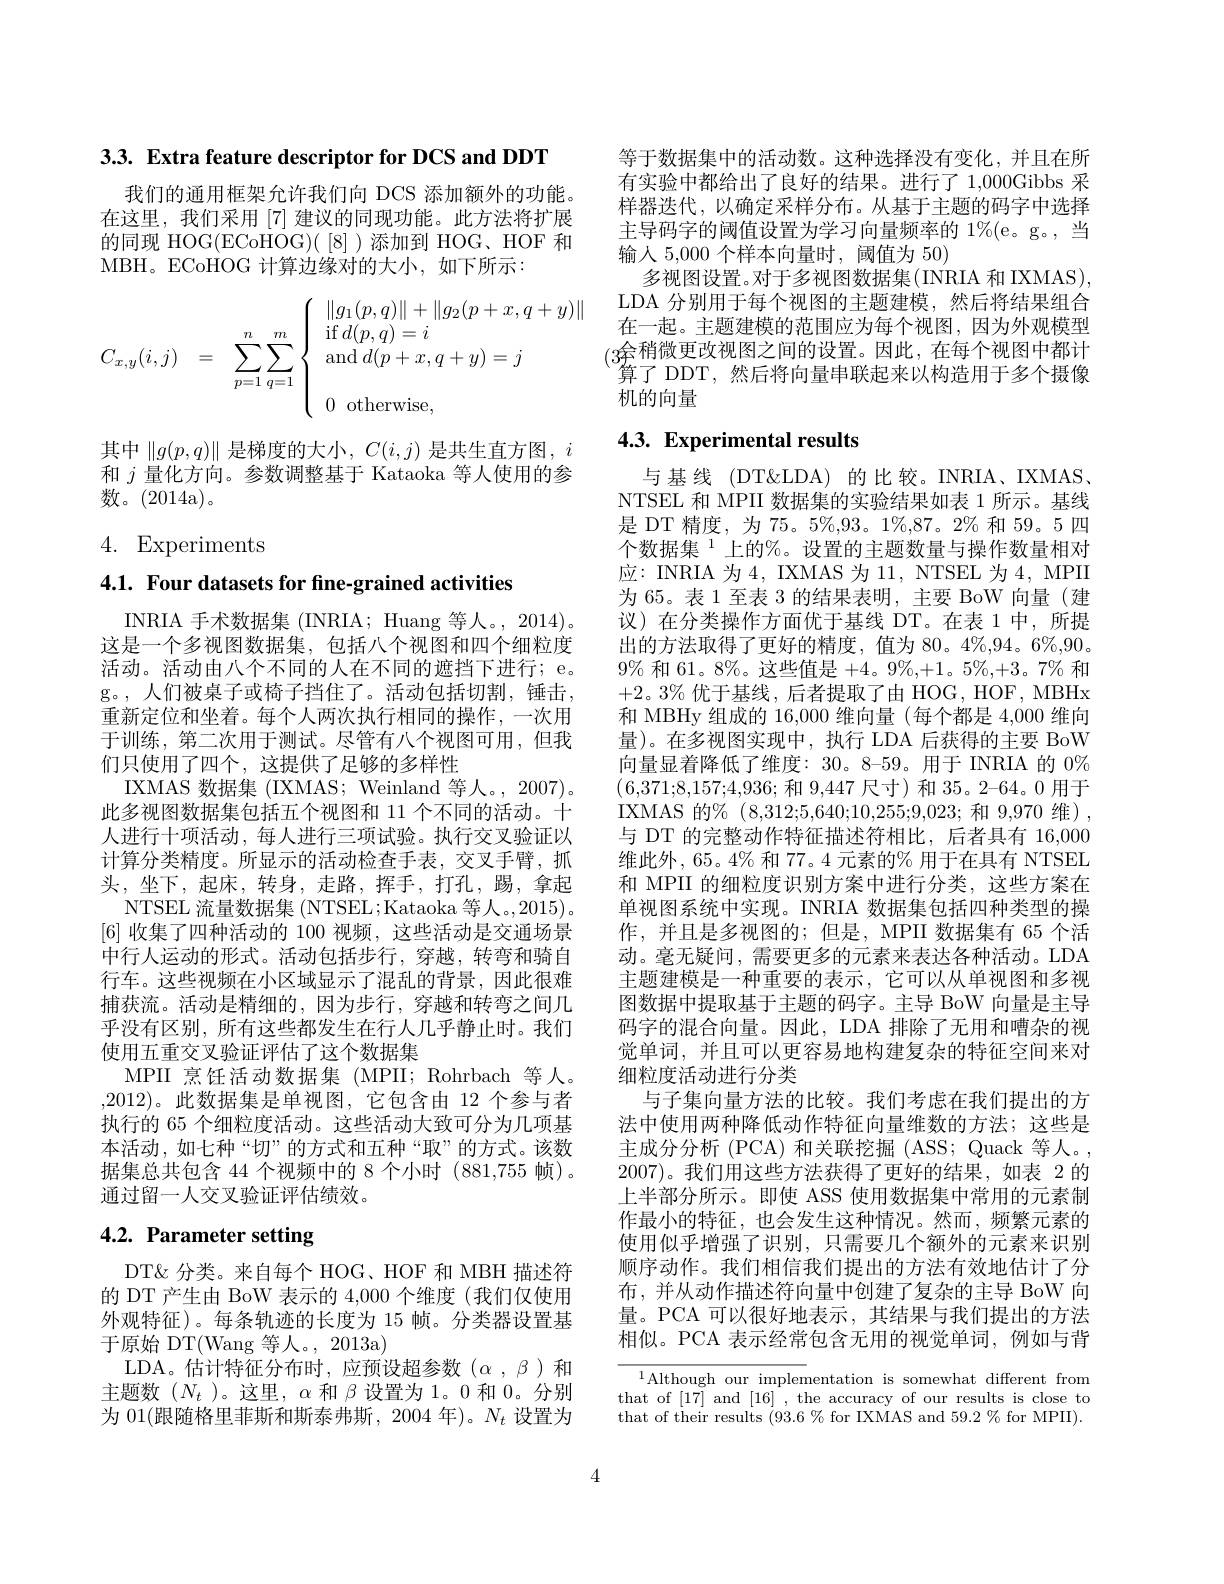
3.3. Extra feature descriptor for DCS and DDT

我们的通用框架允许我们向 DCS 添加额外的功能。在这里，我们采用[7]建议的同现功能。此方法将扩展的同现 HOG(ECoHOG)([8])添加到 HOG、HOF 和MBH。ECoHOG 计算边缘对的大小，如下所示：
$$C_{x,y}(i,j)\quad=\quad\displaystyle\sum_{p=1}^n\sum_{q=1}^m\left\{\begin{array}{l}\|g_1(p,q)\|+\|g_2(p+x,q+y)\|\\\text{if}d(p,q)=i\\\text{and}d(p+x,q+y)=j\\\\0\text{otherwise},\end{array}\right.$$
其中$\|g(p,q)\|$是梯度的大小，$C(i,j)$是共生直方图，$i$ 和$j$量化方向。参数调整基于 Kataoka 等人使用的参数。(2014a)。

# 4. Experiments

4.1. Four datasets for fine-grained activities

INRIA 手术数据集 (INRIA; Huang 等人。, 2014)。这是一个多视图数据集，包括八个视图和四个细粒度活动。活动由八个不同的人在不同的遮挡下进行；e。g。,人们被桌子或椅子挡住了。活动包括切割，锤击， 重新定位和坐着。每个人两次执行相同的操作，一次用于训练，第二次用于测试。尽管有八个视图可用，但我们只使用了四个，这提供了足够的多样性
IXMAS 数据集 (IXMAS; Weinland 等人。, 2007)。此多视图数据集包括五个视图和 11 个不同的活动。十人进行十项活动，每人进行三项试验。执行交叉验证以计算分类精度。所显示的活动检查手表，交叉手臂，抓头，坐下，起床，转身，走路，挥手，打孔，踢，拿起
NTSEL 流量数据集 (NTSEL;Kataoka 等人。,2015)。[6]收集了四种活动的 100 视频，这些活动是交通场景中行人运动的形式。活动包括步行，穿越，转弯和骑自行车。这些视频在小区域显示了混乱的背景，因此很难捕获流。活动是精细的，因为步行，穿越和转弯之间几乎没有区别，所有这些都发生在行人几乎静止时。我们使用五重交叉验证评估了这个数据集
MPII 烹饪活动数据集 (MPII; Rohrbach 等人。,2012)。此数据集是单视图，它包含由 12 个参与者执行的 65 个细粒度活动。这些活动大致可分为几项基本活动，如七种“切”的方式和五种“取”的方式。该数据集总共包含 44 个视频中的 8 个小时 (881,755 帧)。通过留一人交叉验证评估绩效。

# 4.2. Parameter setting

DT&分类。来自每个 HOG、HOF 和 MBH 描述符的 DT 产生由 BoW 表示的 4,000 个维度 (我们仅使用外观特征)。每条轨迹的长度为 15 帧。分类器设置基于原始 DT(Wang 等人。, 2013a)
LDA。估计特征分布时，应预设超参数($\alpha,\beta)和$ 主题数($N_t$ )。这里，$\alpha$和$\beta$设置为 1。0 和0。分别为 01(跟随格里菲斯和斯泰弗斯，2004 年)。$N_t$ 设置为

等于数据集中的活动数。这种选择没有变化，并且在所有实验中都给出了良好的结果。进行了 1,000Gibbs 采样器迭代，以确定采样分布。从基于主题的码字中选择主导码字的阈值设置为学习向量频率的 1%(e。g。, 当输人 5,000 个样本向量时，阈值为 50)
多视图设置。对于多视图数据集(INRIA 和 IXMAS), LDA 分别用于每个视图的主题建模，然后将结果组合在一起。主题建模的范围应为每个视图，因为外观模型(3余稍微更改视图之间的设置。因此，在每个视图中都计${\text{算了 DDT, 然后将向量串联起来以构造用于多个摄像}}$ 机的向量

## 4.3. Experimental results

与基线 (DT&LDA)的比较。INRIA、IXMAS. NTSEL 和 MPII 数据集的实验结果如表 1 所示。基线是 DT 精度，为 75。5%,93。1%,87。2% 和 59。5 四个数据集$^{1}$上的$\%$。设置的主题数量与操作数量相对应：INRIA 为 4, IXMAS 为 11, NTSEL 为 4, MPII 为 65。表 1 至表 3 的结果表明，主要 BoW 向量(建议)在分类操作方面优于基线 DT。在表 1 中，所提出的方法取得了更好的精度，值为 80。4%,94。6%,90。$9\%$和 61。8%。这些值是$+4。9\%,+1。5\%,+3。7\%$和+2。3% 优于基线，后者提取了由 HOG, HOF, MBHx 和 MBHy 组成的 16,000 维向量 (每个都是 4,000 维向量)。在多视图实现中，执行 LDA 后获得的主要 BoW 向量显着降低了维度：30。8-59。用于 INRIA 的 0% (6,371;8,157;4,936;和9，447尺寸)和35。2-64。0 用于IXMAS 的% (8,312;5,640;10,255;9,023;和 9,970 维), 与 DT 的完整动作特征描述符相比，后者具有 16,000维此外，65。4% 和 77。4 元素的% 用于在具有 NTSEL 和 MPII 的细粒度识别方案中进行分类，这些方案在单视图系统中实现。INRIA 数据集包括四种类型的操作，并且是多视图的；但是，MPII 数据集有 65 个活动。毫无疑问，需要更多的元素来表达各种活动。LDA 主题建模是一种重要的表示，它可以从单视图和多视图数据中提取基于主题的码字。主导 BoW 向量是主导码字的混合向量。因此，LDA 排除了无用和嘈杂的视觉单词，并且可以更容易地构建复杂的特征空间来对细粒度活动进行分类
与子集向量方法的比较。我们考虑在我们提出的方法中使用两种降低动作特征向量维数的方法；这些是主成分分析 (PCA) 和关联挖掘 (ASS; Quack 等人。, 2007)。我们用这些方法获得了更好的结果，如表 2 的上半部分所示。即使 ASS 使用数据集中常用的元素制作最小的特征，也会发生这种情况。然而，频繁元素的使用似乎增强了识别，只需要几个额外的元素来识别顺序动作。我们相信我们提出的方法有效地估计了分布，并从动作描述符向量中创建了复杂的主导 BoW 向量。PCA 可以很好地表示，其结果与我们提出的方法相似。PCA 表示经常包含无用的视觉单词，例如与背${\frac{1}{\text{Although our implementation is somewhat different from}}}$

that of [17] and [16] , the accuracy of our results is close to that of their results $(93.6\%$ for IXMAS and 59.2% for MPII).

4